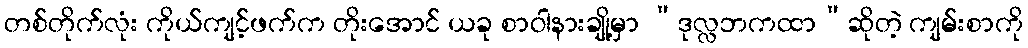
တစ်တိုက်လုံး ကိုယ်ကျင့်ဖက်က တိုးအောင် ယခု စာဝါနားချို့မှာ “ဒုလ္လဘကထာ”ဆိုတဲ့ ကျမ်းစာကို